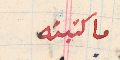
ما كتبته